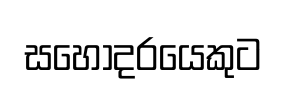
සහෝදරයෙකුට